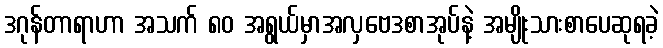
ဒဂုန်တာရာဟာ အသက် ၈၀ အရွယ်မှာအလှဗေဒစာအုပ်နဲ့ အမျိုးသားစာပေဆုရခဲ့